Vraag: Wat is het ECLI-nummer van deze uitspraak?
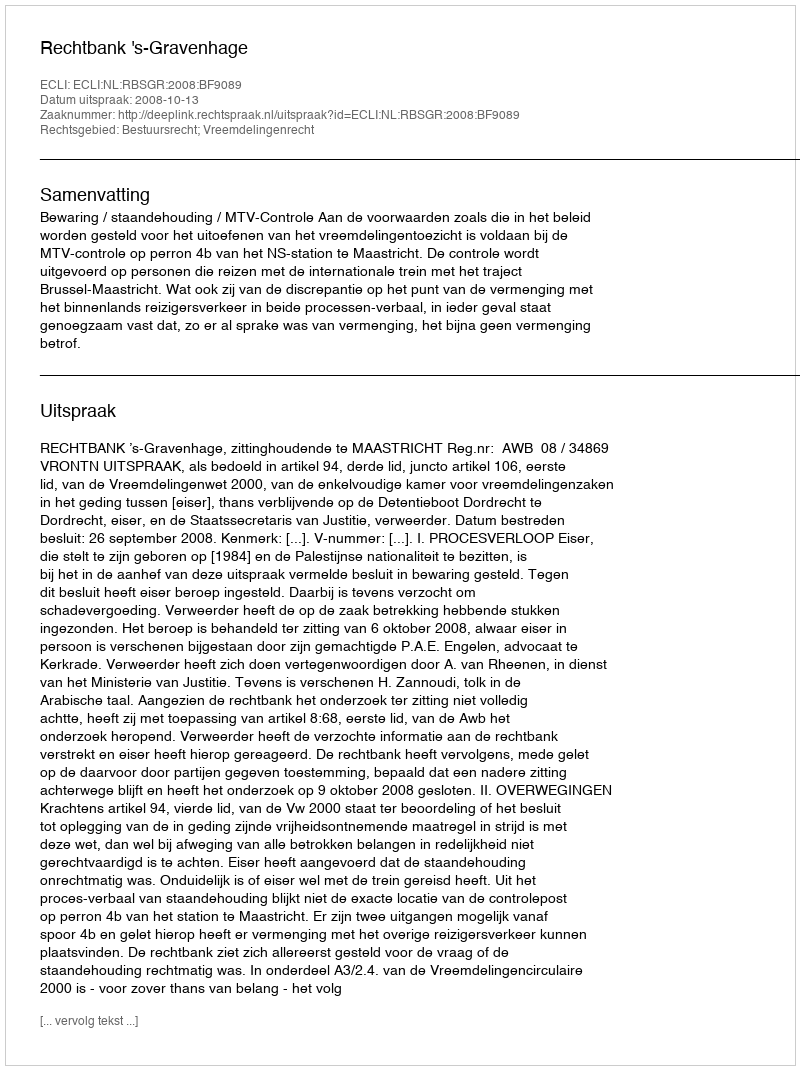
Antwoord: ECLI:NL:RBSGR:2008:BF9089